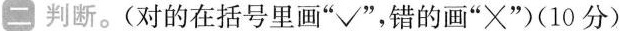
二 判断。(对的在括号里画”√”，错的画”×”(10分)。